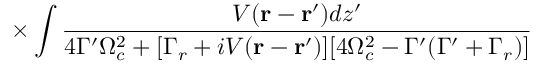
\times \int \frac { V ( \mathbf { r } - \mathbf { r ^ { \prime } } ) d { z ^ { \prime } } } { 4 \Gamma ^ { \prime } \Omega _ { c } ^ { 2 } + [ \Gamma _ { r } + i V ( \mathbf { r } - \mathbf { r ^ { \prime } } ) ] [ 4 \Omega _ { c } ^ { 2 } - \Gamma ^ { \prime } ( \Gamma ^ { \prime } + \Gamma _ { r } ) ] }